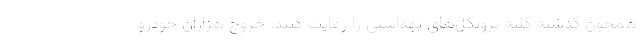
همچون گذشته کلیه پروتکل‌های بهداشتی را رعایت کنند. خروج هزاران خودرو